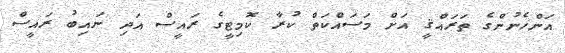
އަންހެނުންގެ ތަރައްޤީ އަށް މަސައްކަތް ކުރާ ކޮމިޓީގެ ރައީސް އަދި ނައިބު ރައީސް